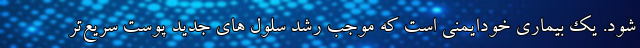
شود. یک بیماری خودایمنی است که موجب رشد سلول های جدید پوست سریع‌تر